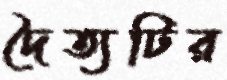
দৈত্যটির